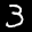
Label: 3